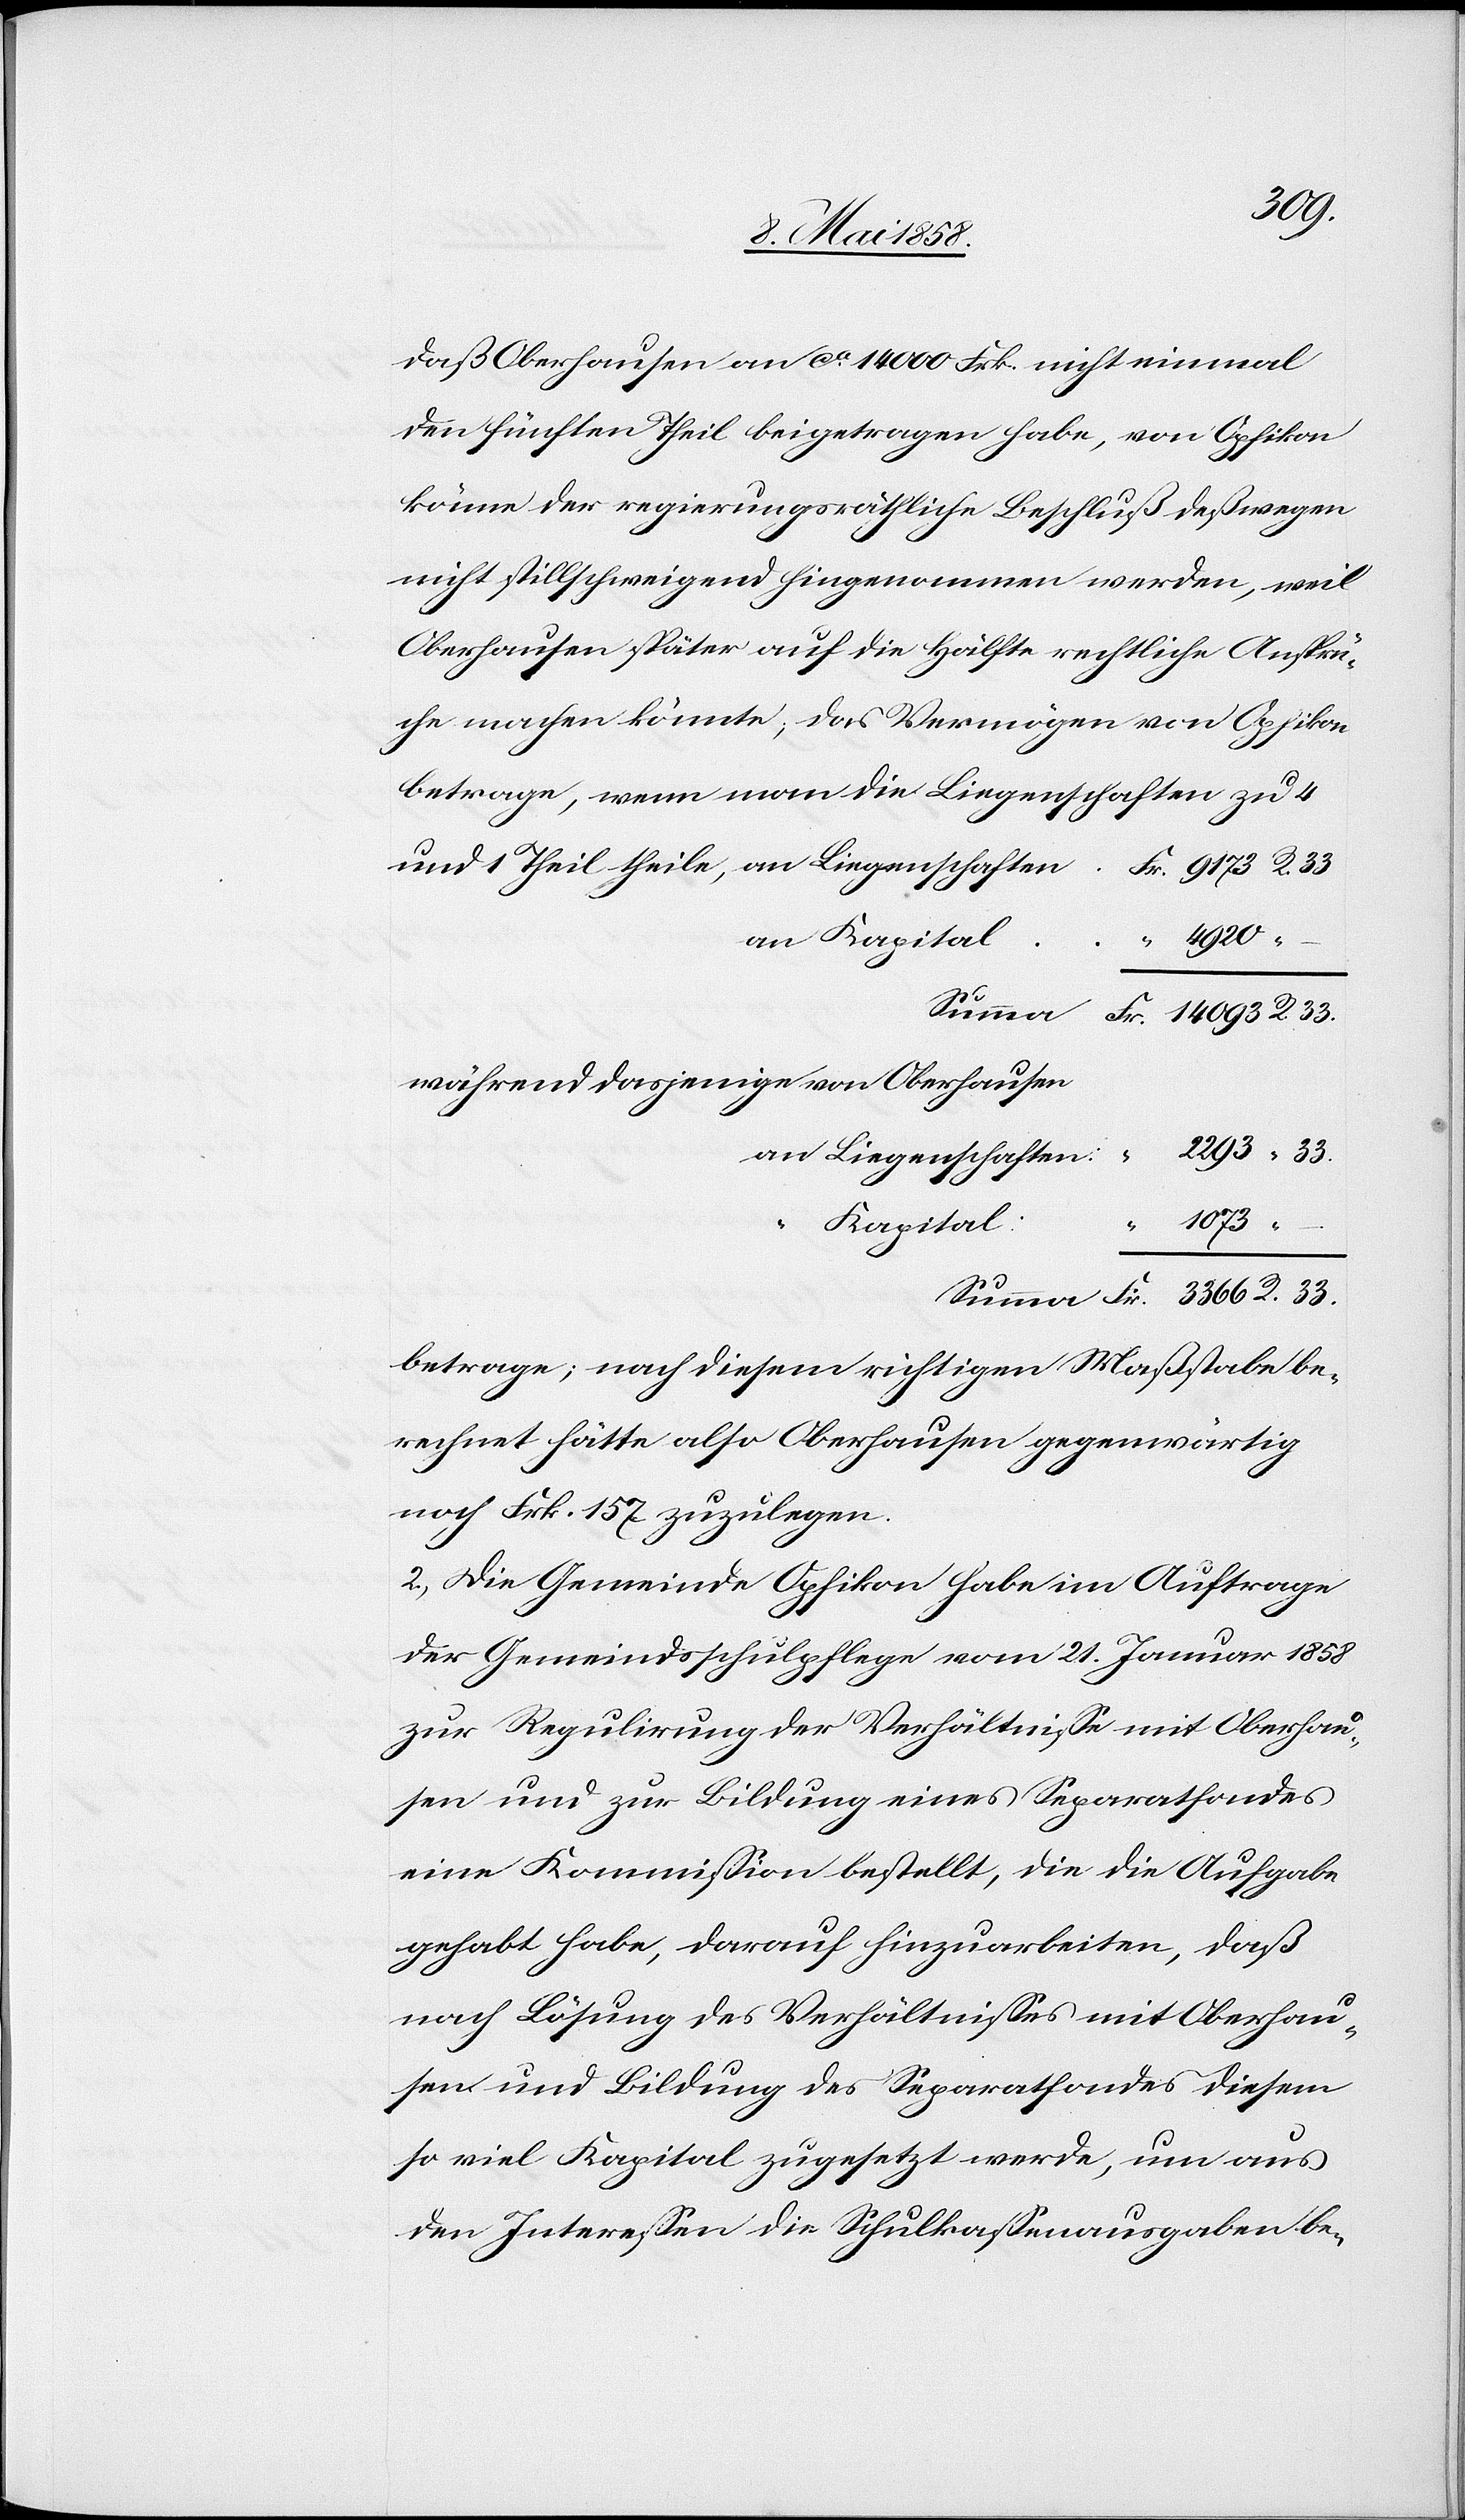
R.
daß Oberhausen an ca 14 000 Frk. nicht einmal
den fünften Theil beigetragen habe, von Opfikon
könne der regierungsräthliche Beschluß deßwegen
nicht stillschweigend hingenommen werden, weil
Oberhausen später auf die Hälfte rechtliche Ansprü¬
che machen könnte, das Vermögen von Opfikon
betrage, wenn man die Liegenschaften zu 4
an Kapital
während dasjenige von Oberhausen
an Liegenschaften:
1073
–
Kapital
“
betrage; nach diesem richtigen Maßstabe be¬
rechnet hätte also Oberhausen gegenwärtig
nach Frk. 157 zuzulegen.
2. Die Gemeinde Opfikon habe im Auftrage
der Gemeindsschulpflege vom 21. Januar 1858
zur Regulirung der Verhältnisse mit Oberhau¬
sen und zur Bildung eines Separatfondes
eine Kommission bestellt, die die Aufgabe
gehabt habe, darauf hinzuarbeiten, daß
nach Lösung des Verhältnisses mit Oberhau¬
sen und Bildung des Separatfondes diesem
so viel Kapital zugesetzt werde, um aus
den Interessen die Schulkassenausgaben be-